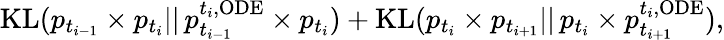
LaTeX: \begin{array}{r}{\mathrm{KL}(p_{t_{i-1}}\times p_{t_{i}}||\, p_{t_{i-1}}^{t_{i},\mathrm{ODE}}\times p_{t_{i}})+\mathrm{KL}(p_{t_{i}}\times p_{t_{i+1}}||\, p_{t_{i}}\times p_{t_{i+1}}^{t_{i},\mathrm{ODE}}),}\end{array}